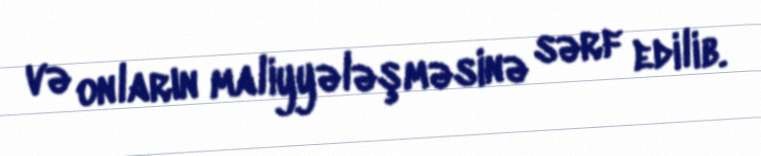
və onların maliyyələşməsinə sərf edilib.